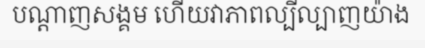
បណ្តាញសង្គម ហើយវាភាពល្បីល្បាញយ៉ាង